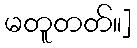
မတူတတ်။]